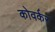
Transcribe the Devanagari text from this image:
कोवर्कर